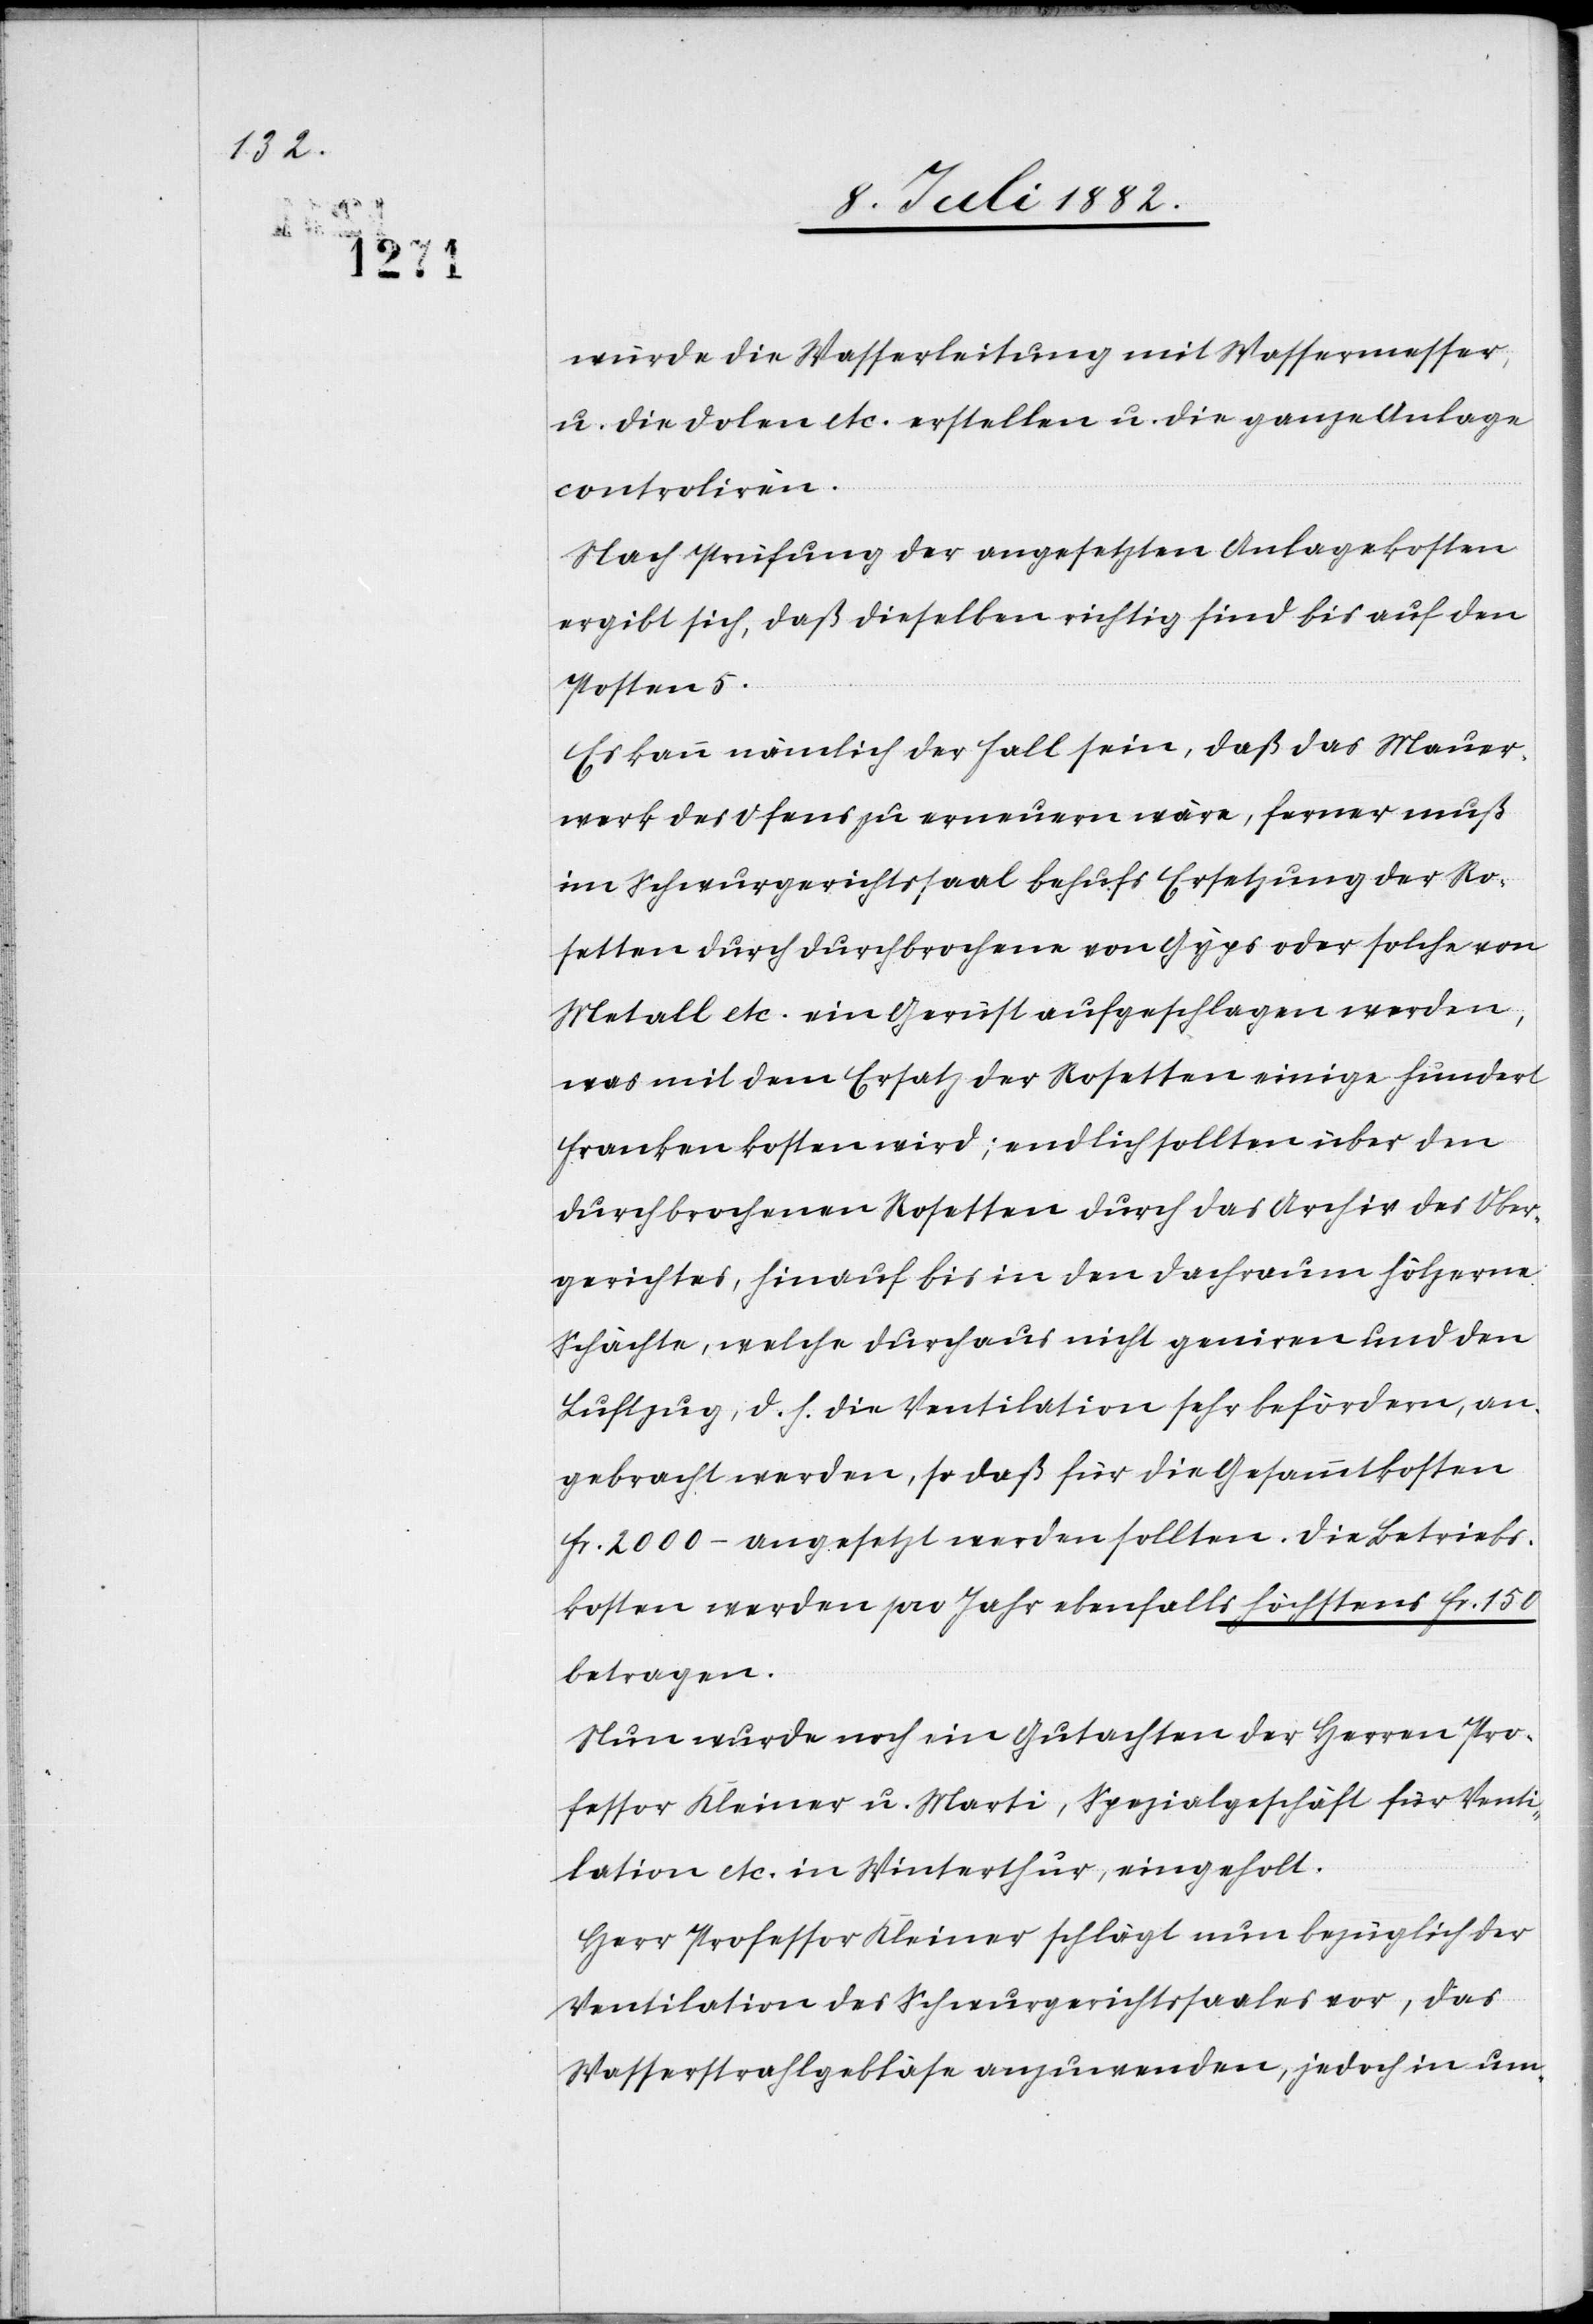
würde die Wasserleitung mit Wassermesser
u. die Dolen etc. erstellen u. die ganze Anlage
controliren.
Nach Prüfung der angesetzten Anlagekosten
ergibt sich, daß dieselben richtig sind bis auf den
Posten 5.
Es kann nämlich der Fall sein, daß das Mauer¬
werk des Ofens zu erneuern wäre, ferner muß
im Schwurgerichtssaal behufs Ersetzung der Ro¬
setten durch durchbrochene von Gyps oder solche von
Metall etc. ein Gerüst aufgeschlagen werden,
was mit dem Ersatz der Rosetten einige hundert
Franken kosten wird; endlich sollten über den
durchbrochenen Rosetten durch das Archiv des Ober¬
gerichtes, hinauf bis in den Dachraum hölzerne
Schächte, welche durchaus nicht geniren und den
Luftzug, d. h. die Ventilation sehr befördern, an¬
gebracht werden, so daß für die Gesammtkosten
Fr. 2000.– angesetzt werden sollten. Die Betriebs¬
kosten werden pro Jahr ebenfalls höchstens Fr. 150
betragen.
Nun wurde noch ein Gutachten der Herren Pro¬
fessor Kleiner u. Marti, Spezialgeschäft für Venti¬
lation etc. in Winterthur, eingeholt.
Herr Professor Kleiner schlägt nun bezüglich der
Ventilation des Schwurgerichtessaales vor, das
Wasserstrahlgebläse anzuwenden, jedoch in um-